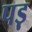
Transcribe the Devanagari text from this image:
पड़़